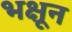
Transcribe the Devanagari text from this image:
भक्षून